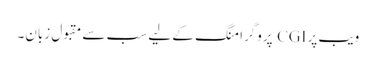
ویب پر CGI پروگرامنگ کے لیے سب سے مقبول زبان۔